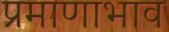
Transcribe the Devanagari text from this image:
प्रमाणाभाव